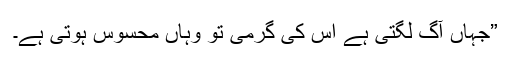
”جہاں آگ لگتی ہے اُس کی گرمی تو وہاں محسوس ہوتی ہے۔